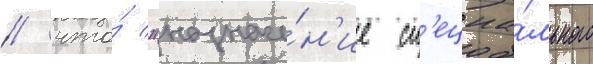
/ что́ "назначе́н'ие сп'ециа́льного